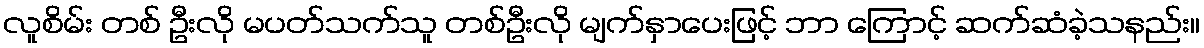
လူစိမ်း တစ် ဦးလို မပတ်သက်သူ တစ်ဦးလို မျက်နှာပေးဖြင့် ဘာ ကြောင့် ဆက်ဆံခဲ့သနည်း။